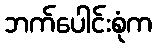
ဘက်ပေါင်းစုံက